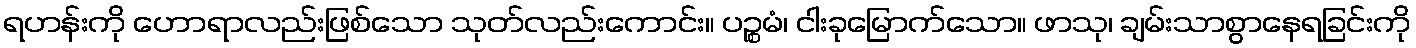
ရဟန်းကို ဟောရာလည်းဖြစ်သော သုတ်လည်းကောင်း။ ပဉ္စမံ၊ ငါးခုမြောက်သော။ ဖာသု၊ ချမ်းသာစွာနေရခြင်းကို